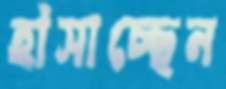
হাঁসাচ্ছেন